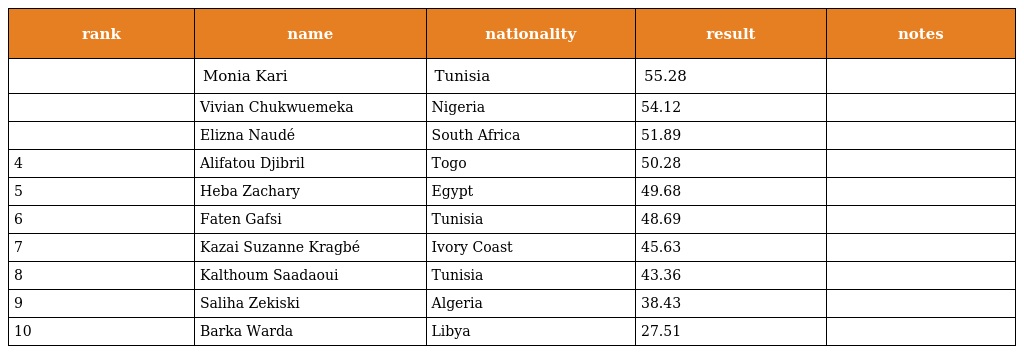
| rank | name | nationality | result | notes |
 | --- | --- | --- | --- | --- |
 |  | Monia Kari | Tunisia | 55.28 |  |
 |  | Vivian Chukwuemeka | Nigeria | 54.12 |  |
 |  | Elizna Naudé | South Africa | 51.89 |  |
 | 4 | Alifatou Djibril | Togo | 50.28 |  |
 | 5 | Heba Zachary | Egypt | 49.68 |  |
 | 6 | Faten Gafsi | Tunisia | 48.69 |  |
 | 7 | Kazai Suzanne Kragbé | Ivory Coast | 45.63 |  |
 | 8 | Kalthoum Saadaoui | Tunisia | 43.36 |  |
 | 9 | Saliha Zekiski | Algeria | 38.43 |  |
 | 10 | Barka Warda | Libya | 27.51 |  |